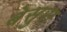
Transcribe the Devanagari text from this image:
बेसुस